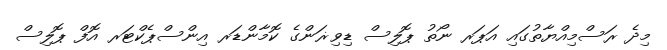
މިދެ ރަސްމިއްޔާތުގައި އަޕަރ ނޯތު ޕޮލިސް ޑިވިޜަންގެ ކޮމާންޑަރ އިންސްޕެކްޓަރ އޮފް ޕޮލިސް